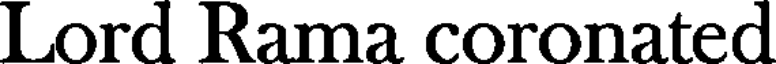
Lord Rama coronated